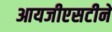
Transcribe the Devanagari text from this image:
आयजीएसटीने